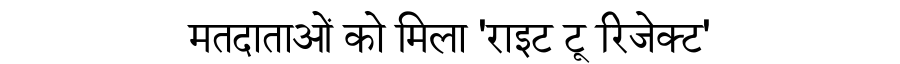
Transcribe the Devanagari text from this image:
मतदाताओं को मिला 'राइट टू रिजेक्ट'